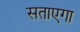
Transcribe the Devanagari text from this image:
सताएगा